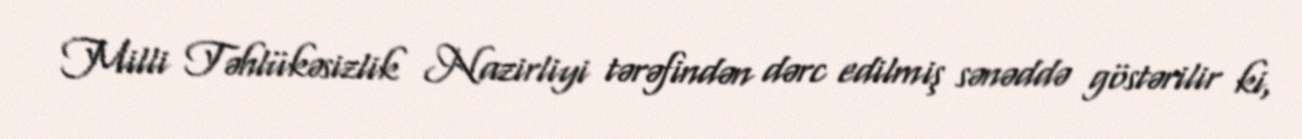
Milli Təhlükəsizlik Nazirliyi tərəfindən dərc edilmiş sənəddə göstərilir ki,